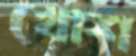
খোশ